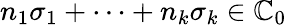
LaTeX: n_{1}\sigma_{1}+\cdots+n_{k}\sigma_{k}\in\mathbb{C}_{0}